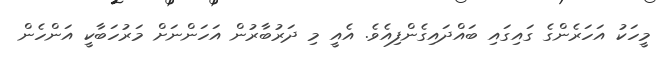
މީހަކު އަހަރެންގެ ގައިގައި ބައްދައިގެންފިއެވެ. އެއީ މި ދަރުބާރުން އަހަންނަށް މަރުހަބާކީ އަންހެން